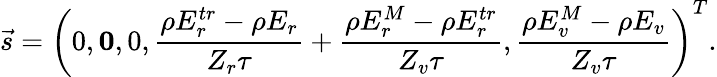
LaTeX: {\vec{s}}=\left(0,\boldsymbol{0},0,\frac{\rho E_{r}^{tr}-\rho E_{r}}{Z_{r}\tau}+\frac{\rho E_{r}^{M}-\rho E_{r}^{tr}}{Z_{v}\tau},\frac{\rho E_{v}^{M}-\rho E_{v}}{Z_{v}\tau}\right)^{T}.